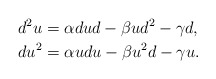
\begin{align*}d^2u&=\alpha dud-\beta ud^2-\gamma d,\\du^2&=\alpha udu-\beta u^2d-\gamma u.\end{align*}